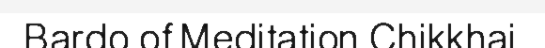
Bardo of Meditation Chikkhai